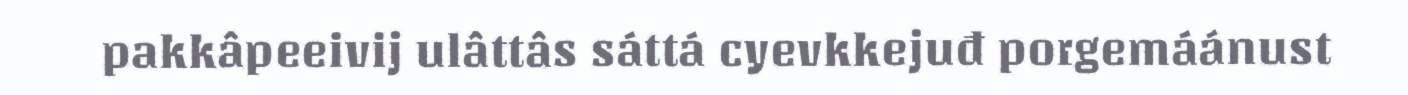
pakkâpeeivij ulâttâs sáttá cyevkkejuđ porgemáánust